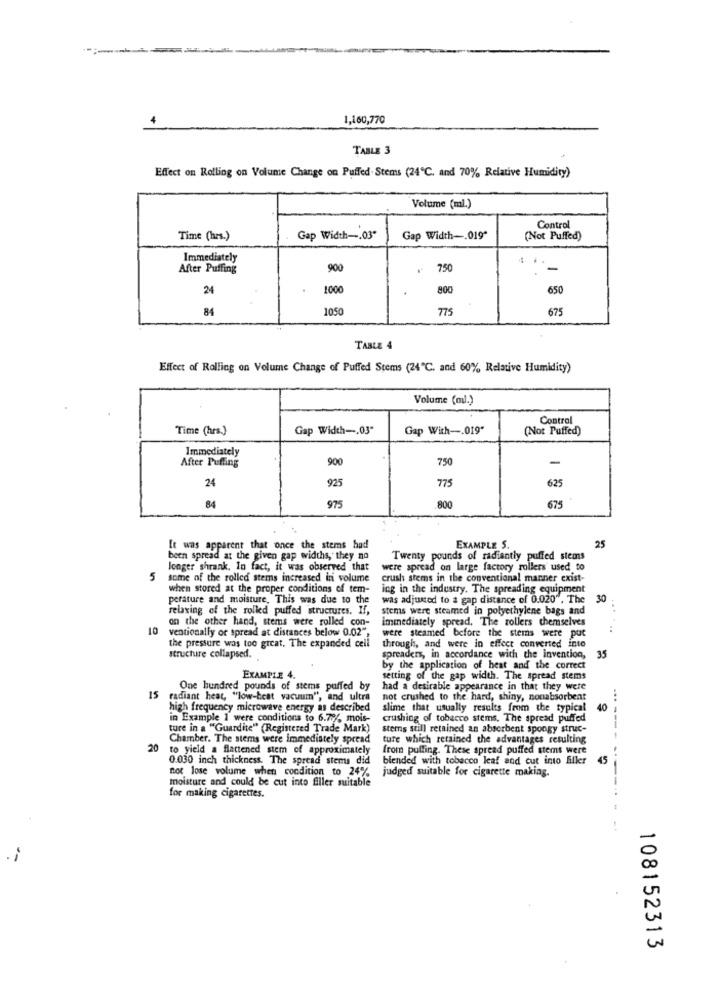
1,160,770
TABLE 3
Effect on Rolling on Volume Change on Puffed.Stems (24℃, and 70% Relative Humidity)
Volume (ml.)
Control
Time (hrs.)
Gap Width -. 03"
Gap Width -. 019ª
(Not Puffed)
Immediately
After Puffing
900
750
-
24
1000
800
650
84
1050
775
675
TABLE 4
Effect of Rolling on Volume Change of Puffed Stems (24℃, and 60% Relative Humidity)
Volume (m).)
Control
Time (hrs.)
Gap Width -. 03"
Gap With -. 019"
(Not Puffed)
Immediately
After Puffing
900
750
-
24
925
775
625
975
800
84
675
25
It was apparent that once the stems had
EXAMPLE S.
been spread at the given gap widths, they no
Twenty pounds of radiantly puffed stems
longer shrank. In fact, it was observed that
were spread on large factory rollers used to
5
some of the rolled stems increased in volume
crush stems in the conventional manner exist-
when stored at the proper conditions of tem-
ing in the industry. The spreading equipment
perature and moisture, This was due to the
was adjusted to a gap distance of 0.020", The
30
relaxing of the rolled puffed structures. If,
stems were steamed in polyethylene bags and
on the other hand, stems were rolled con-
immediately spread. The rollers themselves
10
ventionally or spread at distances below 0.02",
were steamed before the stems were put
..
the pressure was too great, The expanded cell
through, and were in effect converted into
structure collapsed.
spreaders, in accordance with the invention,
35
by the application of heat and the correct
EXAMPLE 4.
setting of the gap width. The spread stems
One hundred pounds of stems puffed by
had a desirable appearance in that they were
15
radiant heat, "low-best vacuum", and ultra
not crushed to the hard, shiny, nonabsorbent
high frequency microwave energy as described
slime that usually results from the typical
40
in Example 1 were conditions to 6.7% mois-
crushing of tobacco stems, The spread puffed
ture in a "Guardite" (Registered Trade Mark)
stems still retained an absorbent spongy struc-
Chamber. The stems were immediately spread
ture which retained the advantages resulting
------ -
20
to yield a flattened stem of approximately
from pulling. These spread puffed stemt were
0.030 inch thickness. The spread stems did
blended with tobacco leaf and cut into filler
45
not lose volume when condition to 24%
judged suitable for cigarette making.
moisture and could be cut into filler suitable
for making cigarettes.
108152313